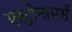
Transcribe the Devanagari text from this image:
एस्ट्रोनामर्स